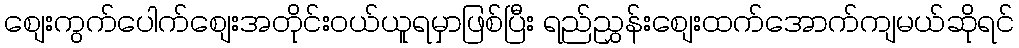
စျေးကွက်ပေါက်စျေးအတိုင်းဝယ်ယူရမှာဖြစ်ပြီး ရည်ညွှန်းစျေးထက်အောက်ကျမယ်ဆိုရင်